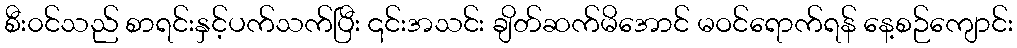
စီး၀င်သည် စာရင်းနှင့်ပက်သက်ပြီး ၎င်းအသင်း ချိတ်ဆက်မိအောင် မဝင်ရောက်ရန် နေ့စဉ်ကျောင်း